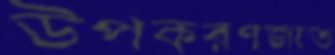
উপকরণজাত